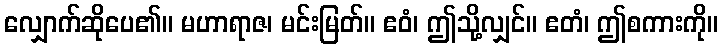
လျှောက်ဆိုပေ၏။ မဟာရာဇ၊ မင်းမြတ်။ ဧဝံ၊ ဤသို့လျှင်။ ဧတံ၊ ဤစကားကို။